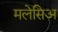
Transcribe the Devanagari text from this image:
मलेसिअ